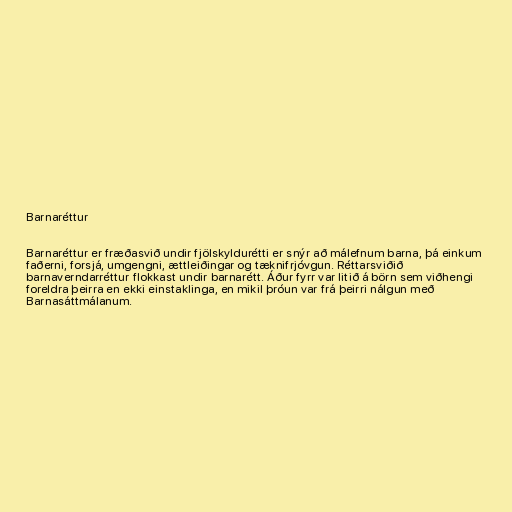
Barnaréttur

Barnaréttur er fræðasvið undir fjölskyldurétti er snýr að málefnum barna, þá einkum
faðerni, forsjá, umgengni, ættleiðingar og tæknifrjóvgun. Réttarsviðið
barnaverndarréttur flokkast undir barnarétt. Áður fyrr var litið á börn sem viðhengi
foreldra þeirra en ekki einstaklinga, en mikil þróun var frá þeirri nálgun með
Barnasáttmálanum.